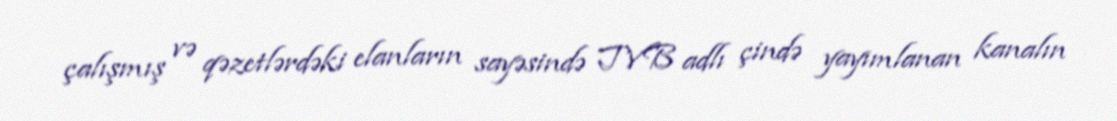
çalışmış və qəzetlərdəki elanların sayəsində TVB adlı çində yayımlanan kanalın